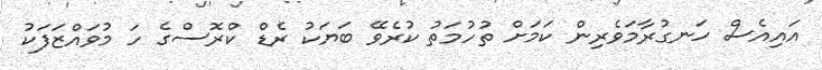
އައިއެސް ހަނގުރާމަވެރިން ކަމަށް ތުހުމަތު ކުރެވޭ ބަޔަކު ރެޑް ކްރޮސްގެ ހަ މުވައްޒަފަކު